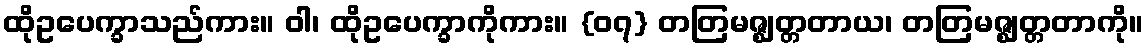
ထိုဥပေက္ခာသည်ကား။ ဝါ၊ ထိုဥပေက္ခာကိုကား။ {၀၇} တတြမဇ္ဈတ္တတာယ၊ တတြမဇ္ဈတ္တတာကို။